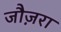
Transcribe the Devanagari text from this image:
जौज़रा